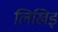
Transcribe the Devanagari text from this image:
लिखिइ